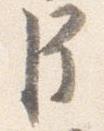
臣